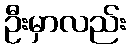
ဦးမှာလည်း